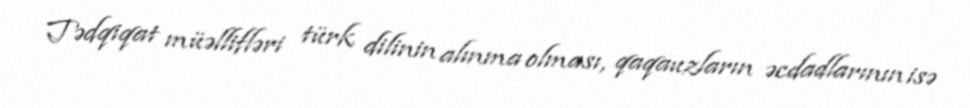
Tədqiqat müəllifləri türk dilinin alınma olması, qaqauzların əcdadlarının isə